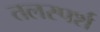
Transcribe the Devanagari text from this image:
तलस्पर्श